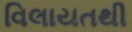
વિલાયતથી